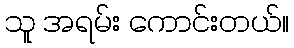
သူ အရမ်း ကောင်းတယ်။